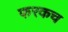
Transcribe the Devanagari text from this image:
फरकच